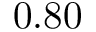
0 . 8 0